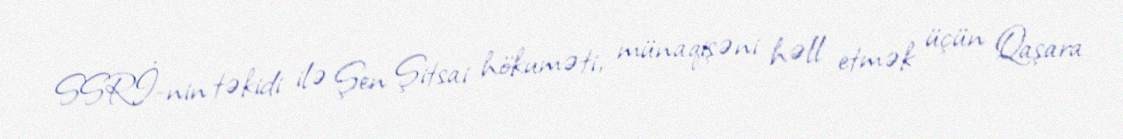
SSRİ-nin təkidi ilə Şen Şitsai hökuməti, münaqişəni həll etmək üçün Qaşara